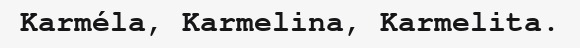
Karméla, Karmelina, Karmelita.